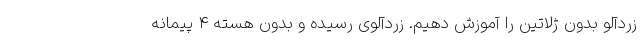
زردآلو بدون ژلاتین را آموزش دهیم. زردآلوی رسیده و بدون هسته ۴ پیمانه